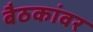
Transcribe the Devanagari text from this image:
बैठकांवर